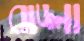
বাঙ্লা